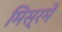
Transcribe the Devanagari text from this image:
मिस्रमें